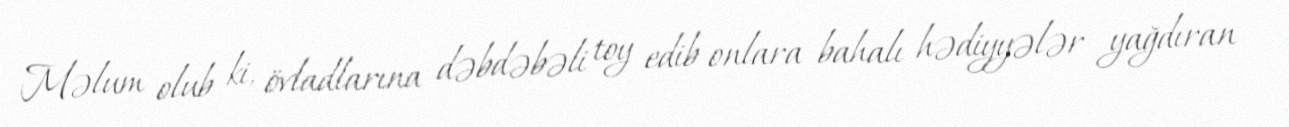
Məlum olub ki, övladlarına dəbdəbəli toy edib onlara bahalı hədiyyələr yağdıran